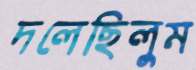
দলেছিলুম